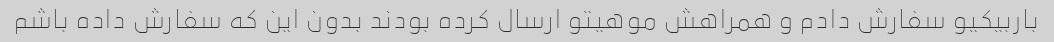
باربیکیو سفارش دادم و همراهش موهیتو ارسال کرده بودند بدون این که سفارش داده باشم